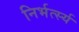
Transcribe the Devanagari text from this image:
निर्भर्त्स्य